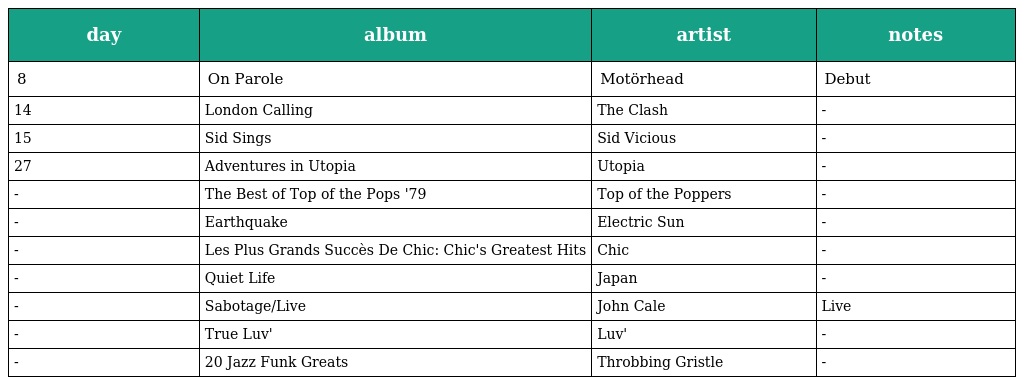
| day | album | artist | notes |
 | --- | --- | --- | --- |
 | 8 | On Parole | Motörhead | Debut |
 | 14 | London Calling | The Clash | - |
 | 15 | Sid Sings | Sid Vicious | - |
 | 27 | Adventures in Utopia | Utopia | - |
 | - | The Best of Top of the Pops '79 | Top of the Poppers | - |
 | - | Earthquake | Electric Sun | - |
 | - | Les Plus Grands Succès De Chic: Chic's Greatest Hits | Chic | - |
 | - | Quiet Life | Japan | - |
 | - | Sabotage/Live | John Cale | Live |
 | - | True Luv' | Luv' | - |
 | - | 20 Jazz Funk Greats | Throbbing Gristle | - |